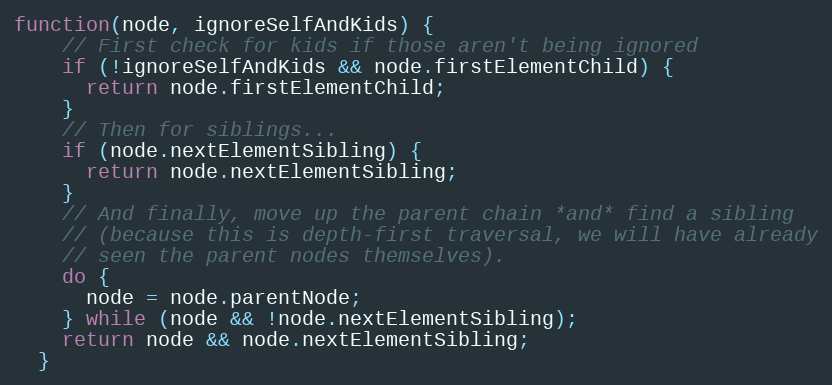
Language: JavaScript
function(node, ignoreSelfAndKids) {
    // First check for kids if those aren't being ignored
    if (!ignoreSelfAndKids && node.firstElementChild) {
      return node.firstElementChild;
    }
    // Then for siblings...
    if (node.nextElementSibling) {
      return node.nextElementSibling;
    }
    // And finally, move up the parent chain *and* find a sibling
    // (because this is depth-first traversal, we will have already
    // seen the parent nodes themselves).
    do {
      node = node.parentNode;
    } while (node && !node.nextElementSibling);
    return node && node.nextElementSibling;
  }